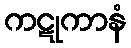
ကဋုကာနံ